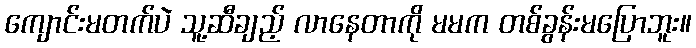
ကျောင်းမတက်ပဲ သူ့ဆီချည့် လာနေတာကို မမက တစ်ခွန်းမပြောဘူး။